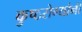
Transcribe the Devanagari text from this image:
कुष्ठरोग्यांनी